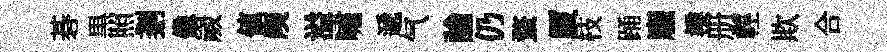
碁黒照剗像嵗値庾溢嘯遞气論仍蝥厦枝踊龐樸册輕欺合